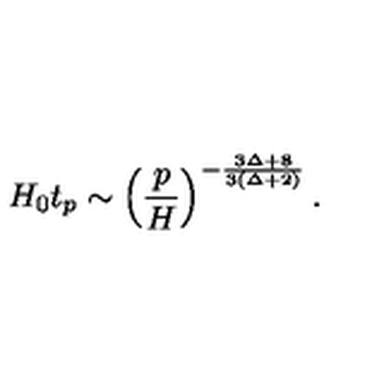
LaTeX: H _ { 0 } t _ { p } \sim \left( \frac { p } { H } \right) ^ { - \frac { 3 \Delta + 8 } { 3 ( \Delta + 2 ) } } .